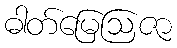
ဓါတ်မြေဩဇာ